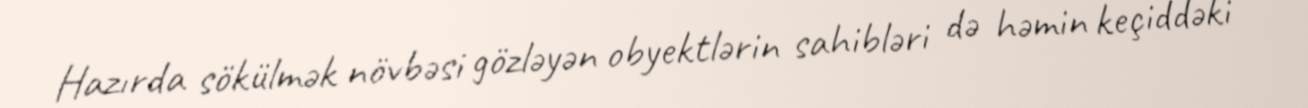
Hazırda sökülmək növbəsi gözləyən obyektlərin sahibləri də həmin keçiddəki